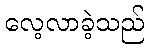
လေ့လာခဲ့သည်